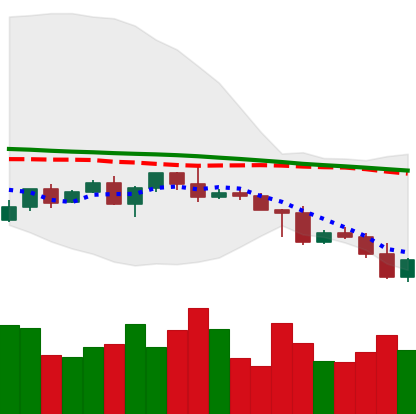
Ticker: NEO-USD
Chart end date: 2022-05-01
Forward return: -4.192%
Label: down_3_5